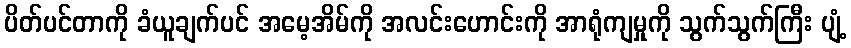
ပိတ်ပင်တာကို ခံယူချက်ပင် အမေ့အိမ်ကို အလင်းဟောင်းကို အာရုံကျမှုကို သွက်သွက်ကြီး ပျံ့